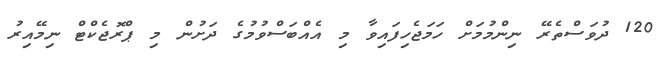
120 ދުވަސްތެރޭ ނިންމުމަށް ހަމަޖެހިފައިވާ މި އެއްބަސްވުމުގެ ދަށުން މި ޕްރޮޖެކްޓް ނިމޭއިރު